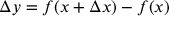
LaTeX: \Delta y = f ( x + \Delta x ) - f ( x )